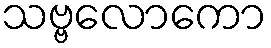
သဗ္ဗလောကော